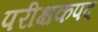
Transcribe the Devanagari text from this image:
परीक्षकपद